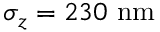
\sigma _ { z } = 2 3 0 \ \mathrm { n m }